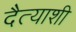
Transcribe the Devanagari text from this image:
दैत्याशी